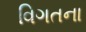
વિગતના